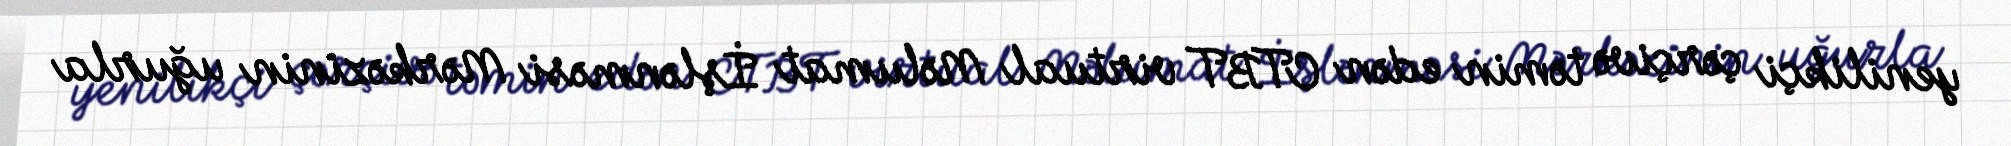
yenilikçi çərçivə təmin edən CTBT virtual Məlumat İşlənməsi Mərkəzinin uğurla